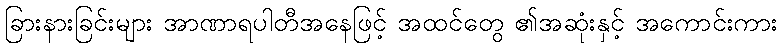
ခြားနားခြင်းများ အာဏာရပါတီအနေဖြင့် အထင်တွေ ၏အဆုံးနှင့် အကောင်းကား